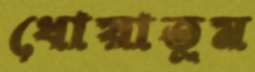
ধোয়াতুম